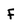
Character: F